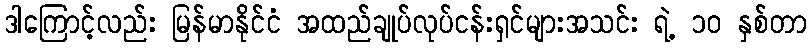
ဒါကြောင့်လည်း မြန်မာနိုင်ငံ အထည်ချုပ်လုပ်ငန်းရှင်များအသင်း ရဲ့ ၁၀ နှစ်တာ